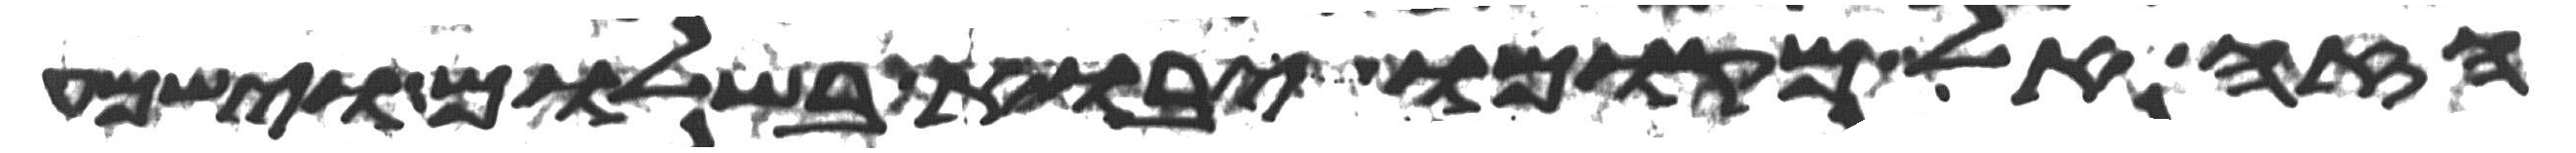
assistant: הזה אל מקומו יבוא בשלום וישמע